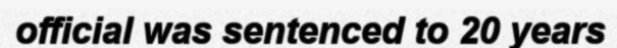
official was sentenced to 20 years